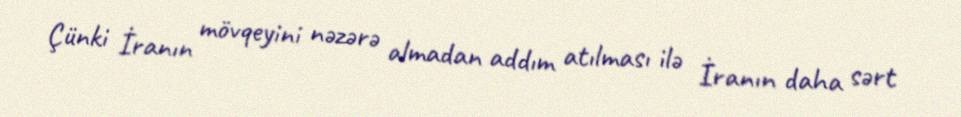
Çünki İranın mövqeyini nəzərə almadan addım atılması ilə İranın daha sərt